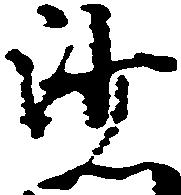
沙